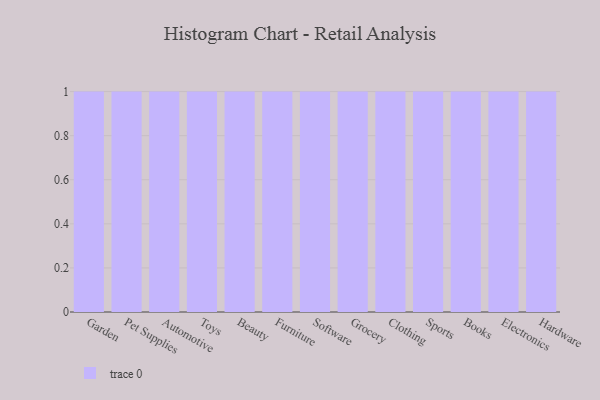
{"axis": {"x": "Category", "y": "Inventory Turnover"}, "legend": [""], "data": [{"x": "Garden", "y": 55, "type": ""}, {"x": "Pet Supplies", "y": 87, "type": ""}, {"x": "Automotive", "y": 6, "type": ""}, {"x": "Toys", "y": 81, "type": ""}, {"x": "Beauty", "y": 98, "type": ""}, {"x": "Furniture", "y": 75, "type": ""}, {"x": "Software", "y": 38, "type": ""}, {"x": "Grocery", "y": 9, "type": ""}, {"x": "Clothing", "y": 83, "type": ""}, {"x": "Sports", "y": 28, "type": ""}, {"x": "Books", "y": 40, "type": ""}, {"x": "Electronics", "y": 6, "type": ""}, {"x": "Hardware", "y": 4, "type": ""}]}